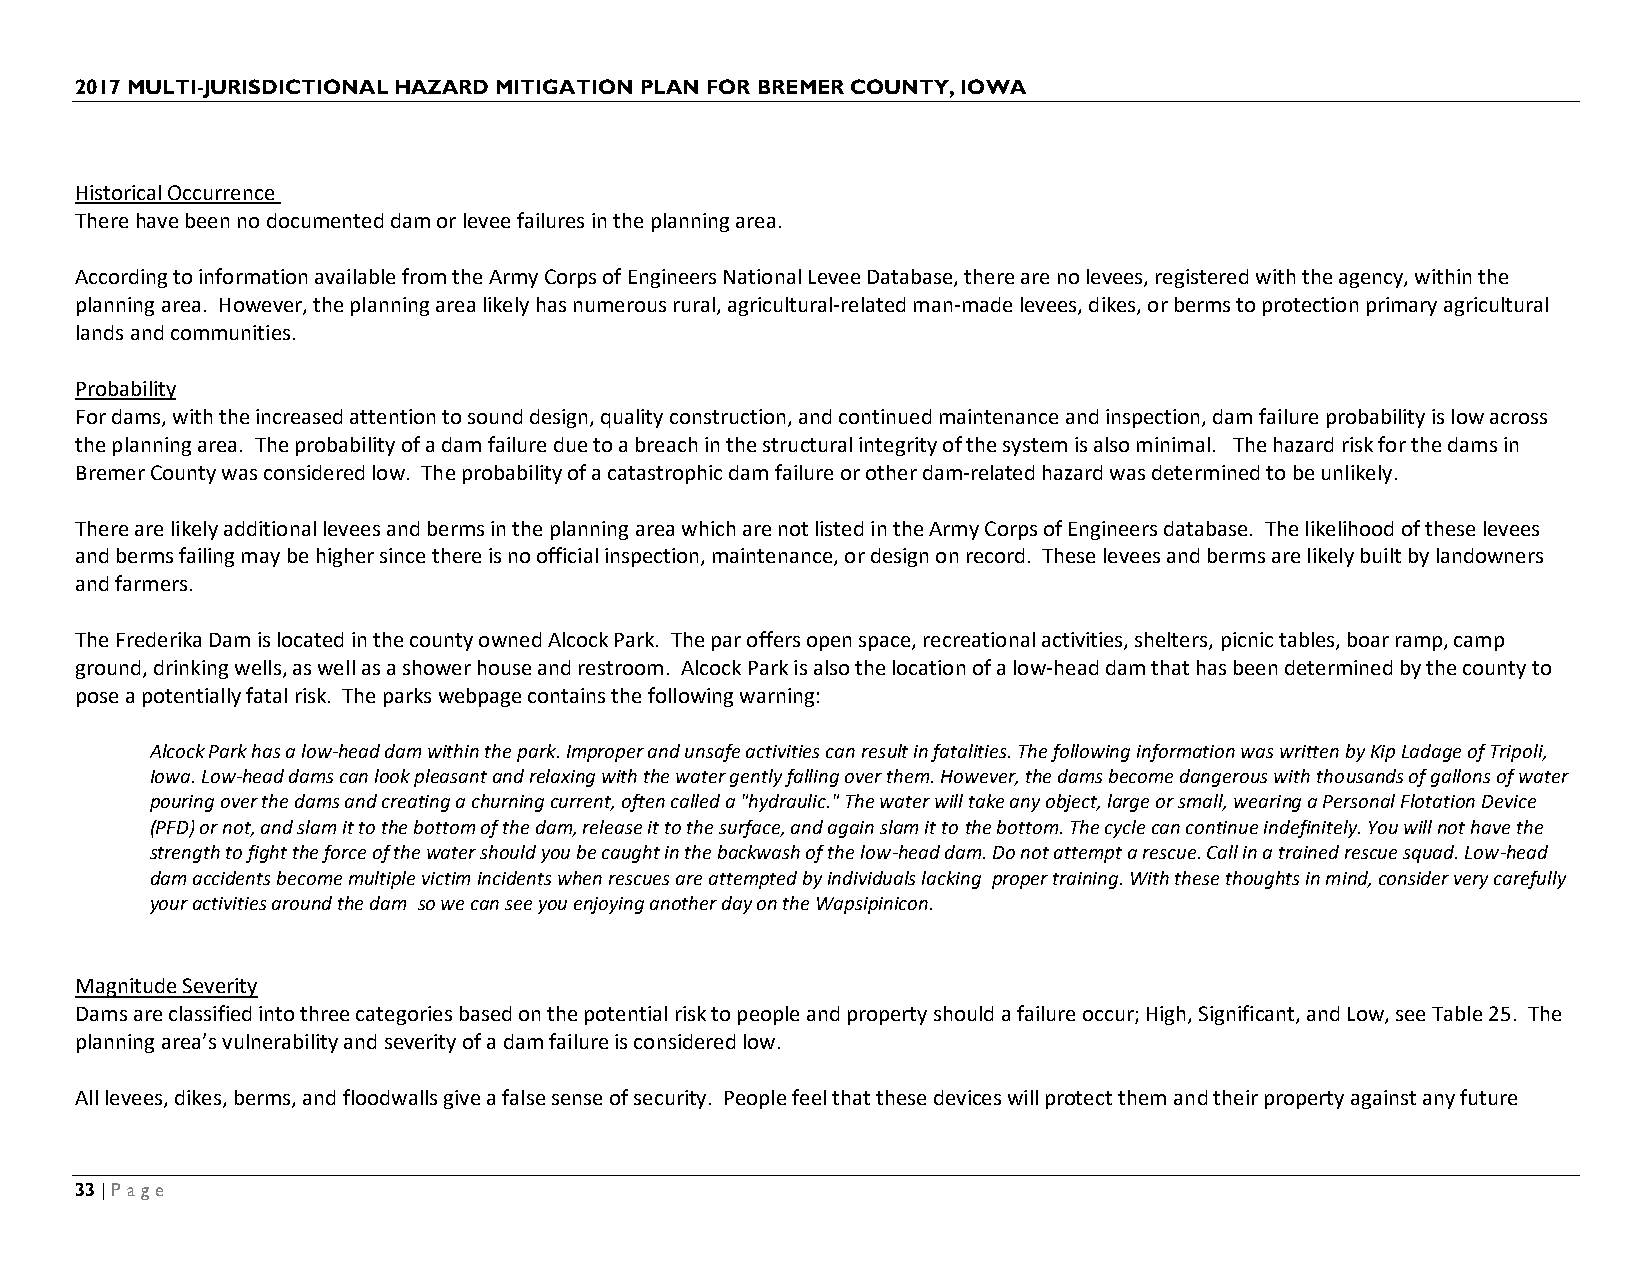
2017 MULTI-JURISDICTIONAL HAZARD MITIGATION PLAN FOR BREMER COUNTY, IOWA
 Historical Occurrence
 There have been no documented dam or levee failures in the planning area.
 According to information available from the Army Corps of Engineers National Levee Database, there are no levees, registered with the agency, within the
 planning area. However, the planning area likely has numerous rural, agricultural-related man-made levees, dikes, or berms to protection primary agricultural
 lands and communities.
 Probability
 For dams, with the increased attention to sound design, quality construction, and continued maintenance and inspection, dam failure probability is low across
 the planning area. The probability of a dam failure due to a breach in the structural integrity of the system is also minimal. The hazard risk for the dams in
 Bremer County was considered low. The probability of a catastrophic dam failure or other dam-related hazard was determined to be unlikely.
 There are likely additional levees and berms in the planning area which are not listed in the Army Corps of Engineers database. The likelihood of these levees
 and berms failing may be higher since there is no official inspection, maintenance, or design on record. These levees and berms are likely built by landowners
 and farmers.
 The Frederika Dam is located in the county owned Alcock Park. The par offers open space, recreational activities, shelters, picnic tables, boar ramp, camp
 ground, drinking wells, as well as a shower house and restroom. Alcock Park is also the location of a low-head dam that has been determined by the county to
 pose a potentially fatal risk. The parks webpage contains the following warning:
 Alcock Park has a low-head dam within the park. Improper and unsafe activities can result in fatalities. The following information was written by Kip Ladage of Tripoli,
 Iowa. Low-head dams can look pleasant and relaxing with the water gently falling over them. However, the dams become dangerous with thousands of gallons of water
 pouring over the dams and creating a churning current, often called a "hydraulic." The water will take any object, large or small, wearing a Personal Flotation Device
 (PFD) or not, and slam it to the bottom of the dam, release it to the surface, and again slam it to the bottom. The cycle can continue indefinitely. You will not have the
 strength to fight the force of the water should you be caught in the backwash of the low-head dam. Do not attempt a rescue. Call in a trained rescue squad. Low-head
 dam accidents become multiple victim incidents when rescues are attempted by individuals lacking proper training. With these thoughts in mind, consider very carefully
 your activities around the dam so we can see you enjoying another day on the Wapsipinicon.
 Magnitude Severity
 Dams are classified into three categories based on the potential risk to people and property should a failure occur; High, Significant, and Low, see Table 25. The
 planning area’s vulnerability and severity of a dam failure is considered low.
 All levees, dikes, berms, and floodwalls give a false sense of security. People feel that these devices will protect them and their property against any future
 33 | Page